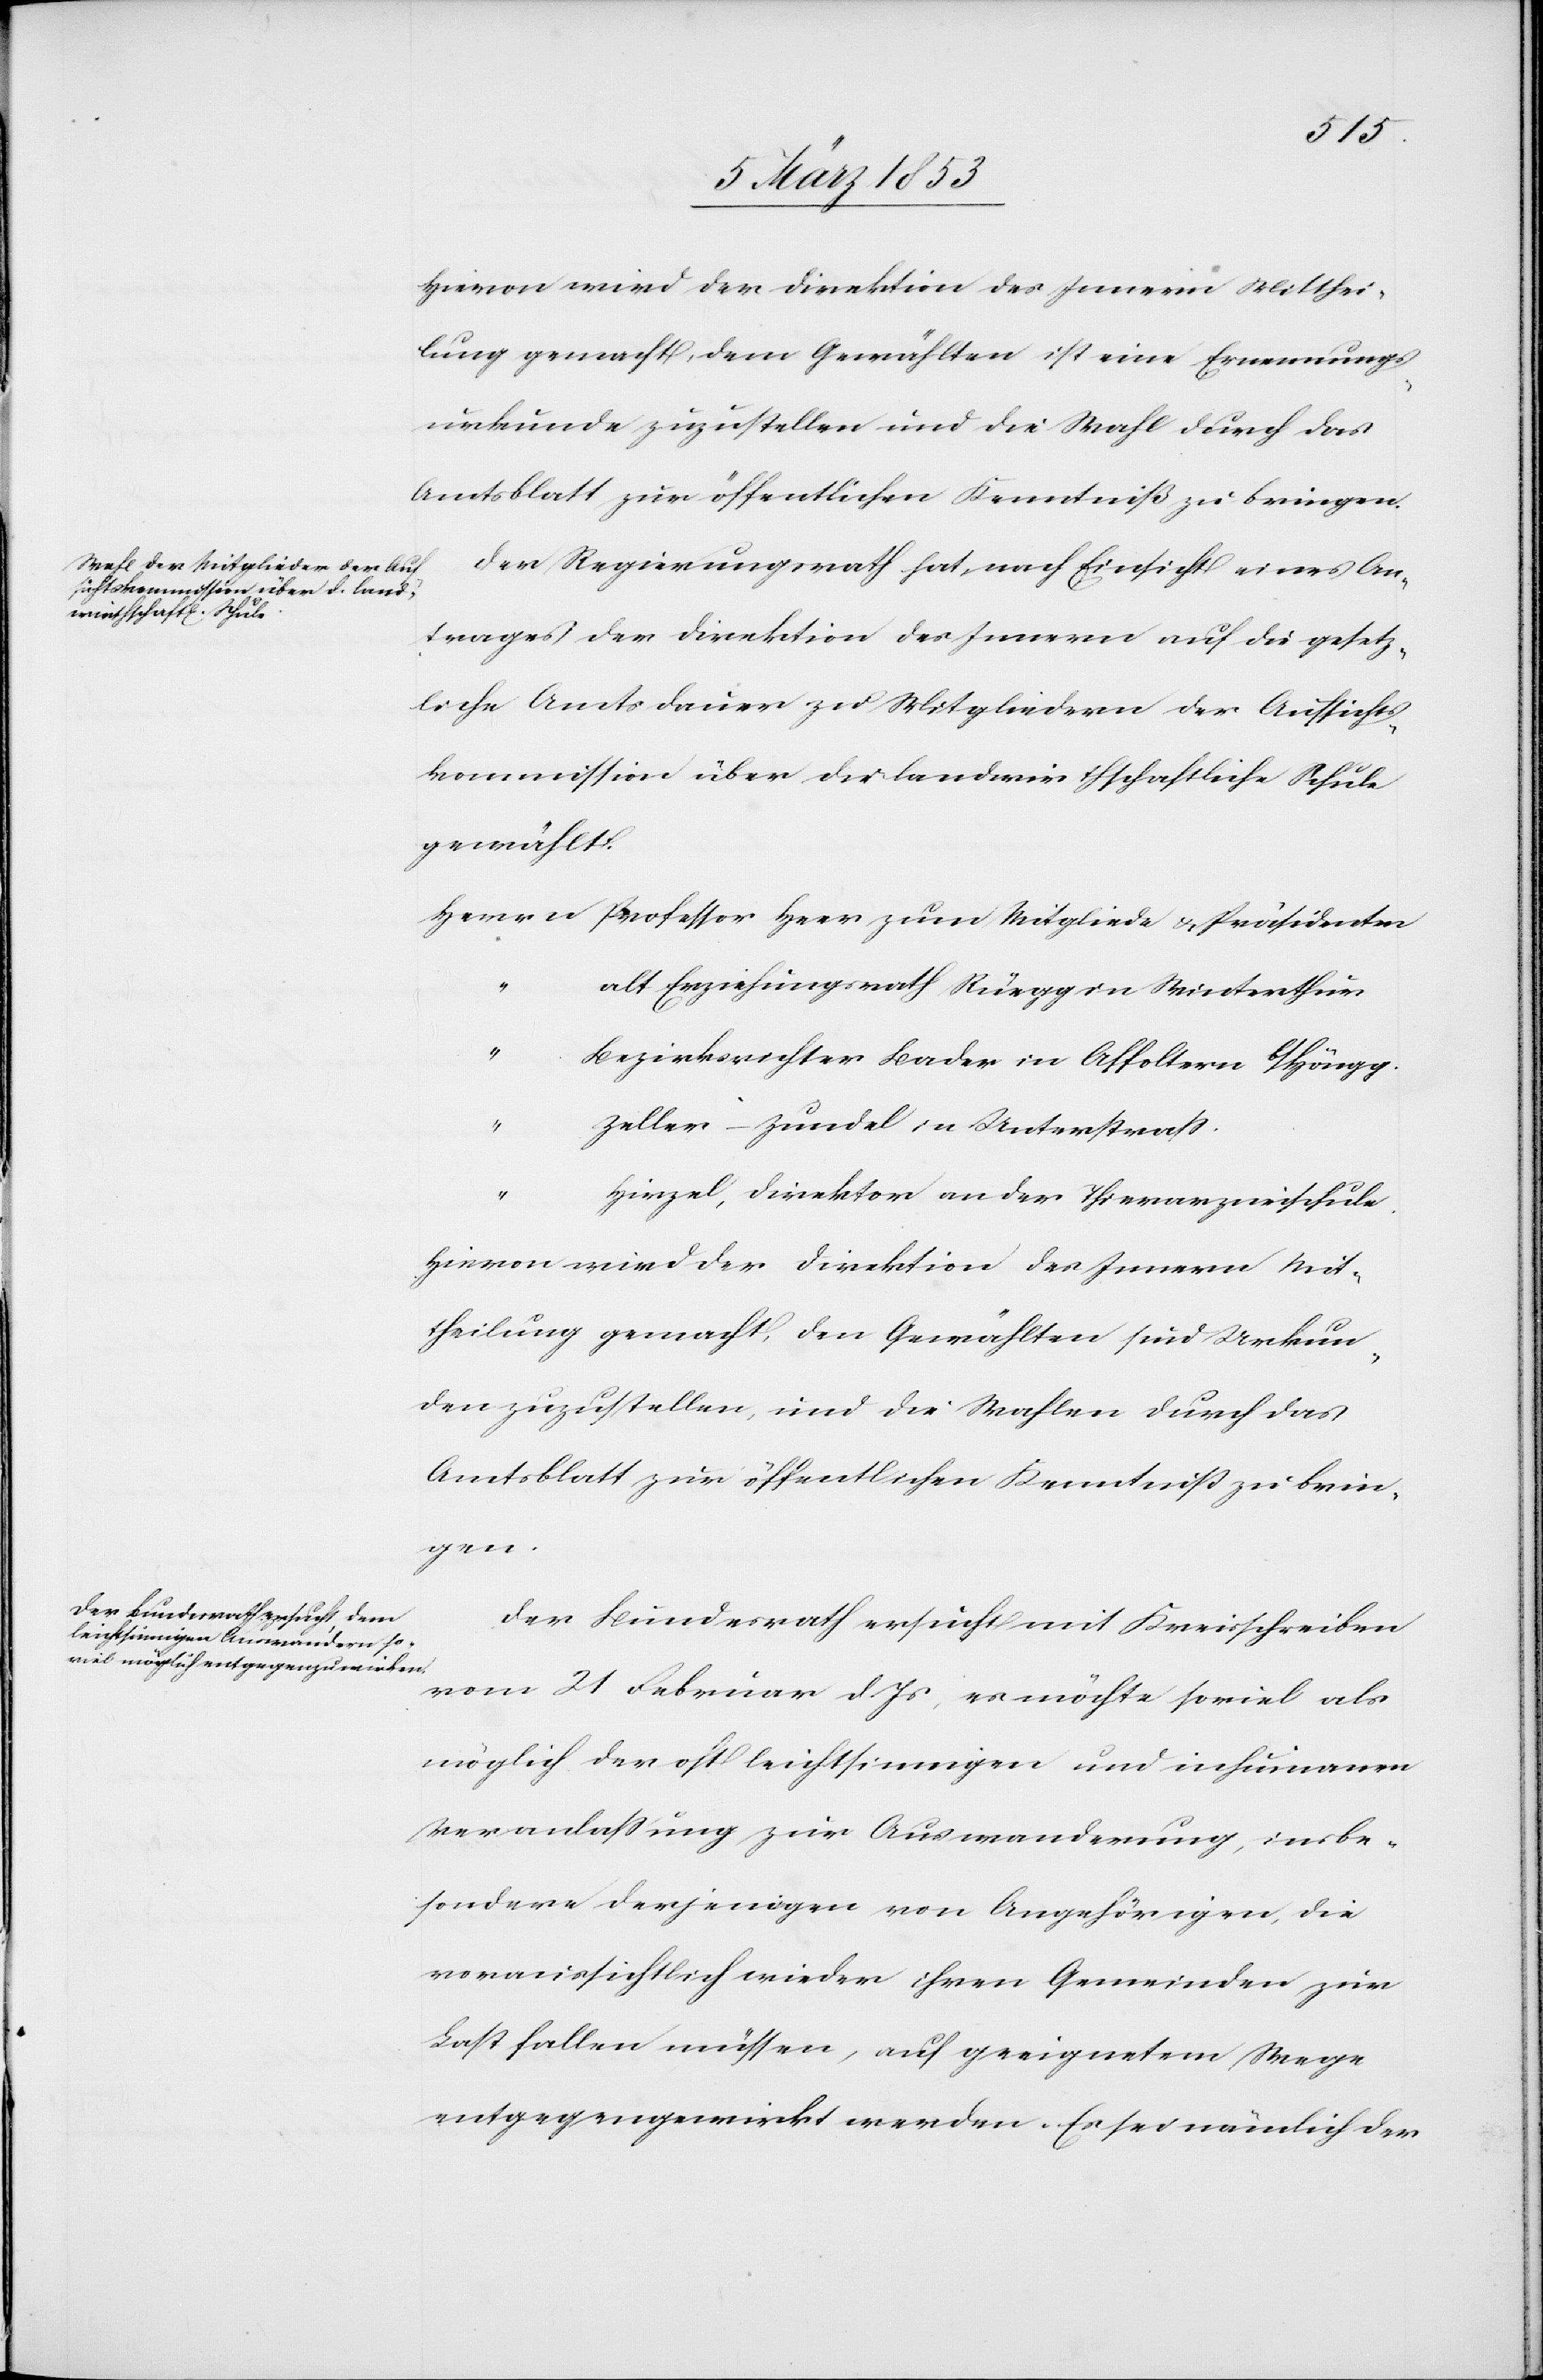
Hievon wird der Direktion des Innern Mitthei¬
lung gemacht, dem Gewählten ist eine Ernennungs¬
urkunde zuzustellen und die Wahl durch das
Amtsblatt zur öffentlichen Kenntniß zu bringen.
Der Regierungsrath hat, nach Einsicht eines An¬
trages der Direktion des Innern auf die gesetz¬
liche Amtsdauer zu Mitgliedern der Aufsichts¬
kommission über die landwirthschaftliche Schule
gewählt.
Herrn	Professor Heer zum Mitgliede u. Präsidenten
lt Erziehungsrath Rüegg in Winterthur
ezirksrichter Bader in Affoltern b/Höngg.
“		Zeller-Zundel in Unterstraß.
“		H¬
irzel, Direktor an der Thierarzneischule.
Hievon wird der Direktion des Innern Mit¬
theilung gemacht, den Gewählten sind Urkun¬
den zuzustellen, und die Wahlen durch das
Amtsblatt zur öffentlichen Kenntniß zu brin¬
gen.
Der Bundesrath ersucht mit Kreisschreiben
vom 21 Februar d. Js., es möchte soviel als
möglich der oft leichsinnigen und inhumanen
Veranlaßung zur Auswanderung, insbe¬
sondere derjenigen von Angehörigen, die
voraussichtlich wieder ihren Gemeinden zur
Last fallen müssen, auf geeignetem Wege
entgegengewirkt werden. Es sei nämlich der